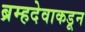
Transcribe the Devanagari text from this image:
ब्रम्हदेवाकडून